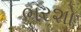
ભરશો